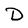
Character: D